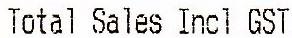
TOTAL SALES INCL GST